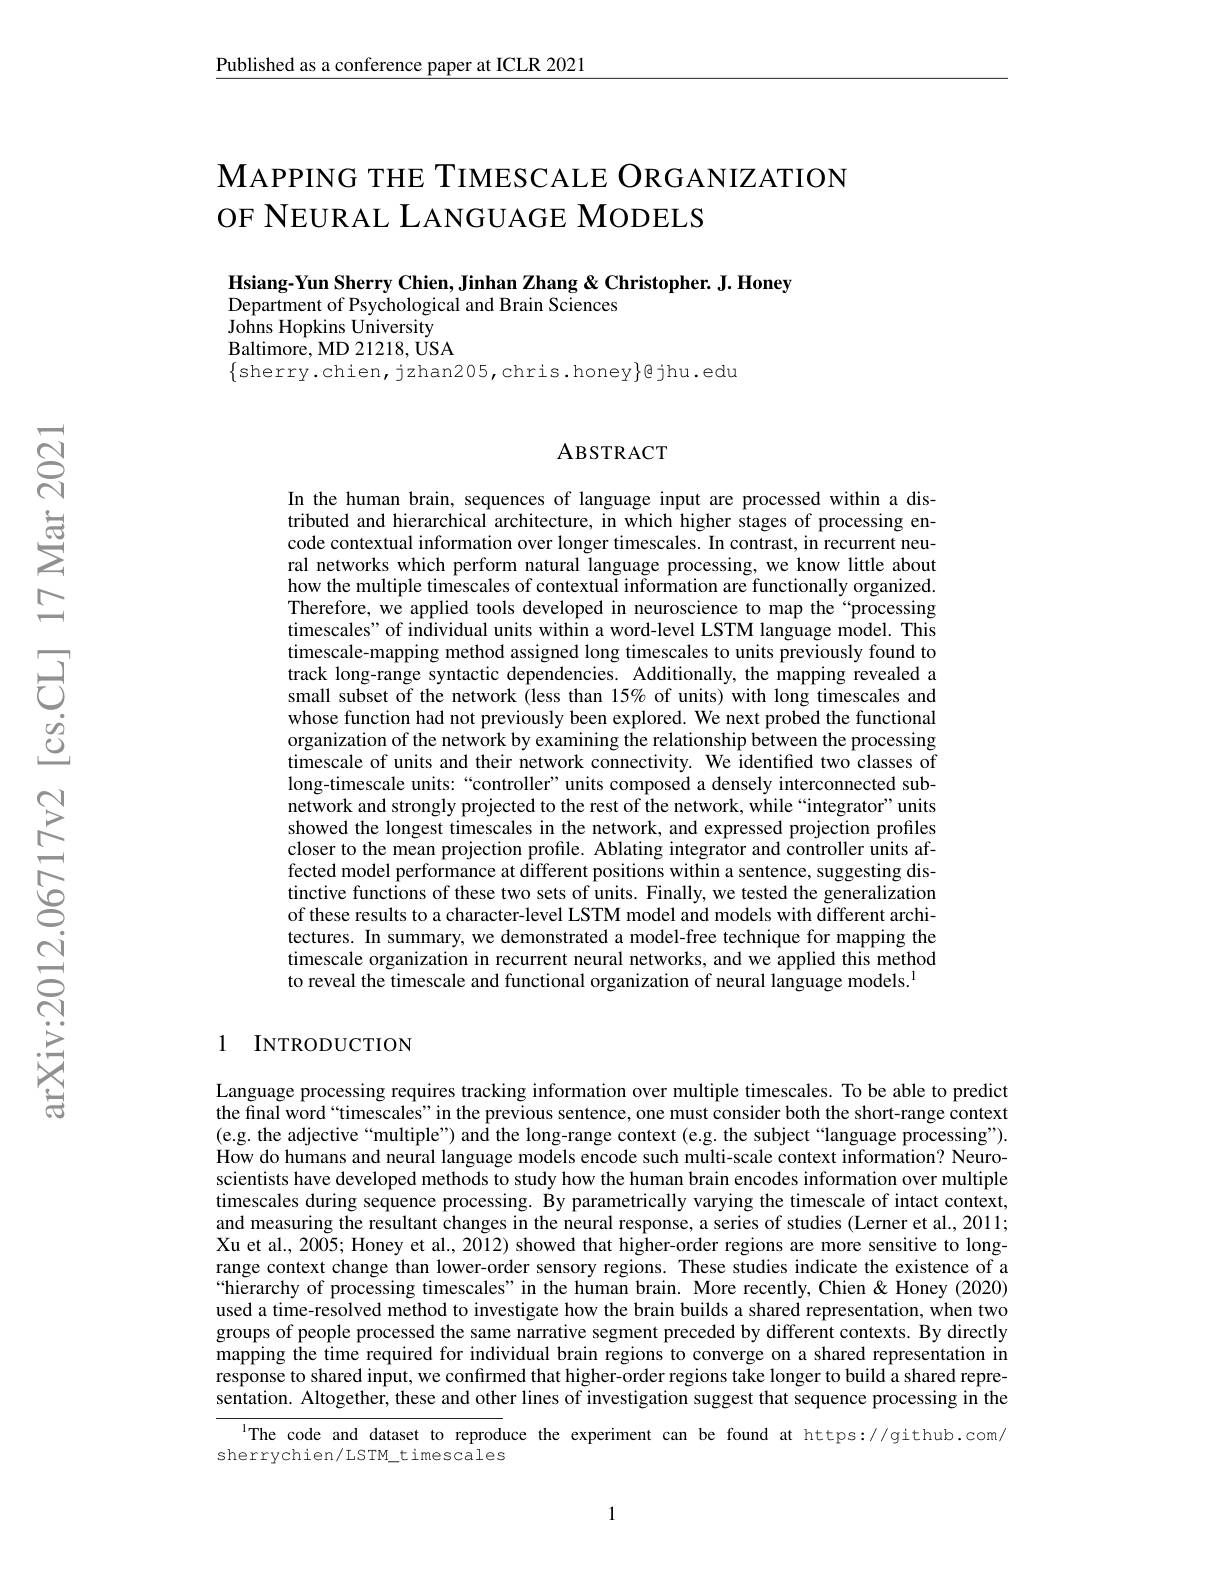
Published as a conference paper at ICLR 2021

## $\mathbf{M}$APPING THE TIMESCALE ORGANIZATION OF NEURAL LANGUAGE MODELS

Hsiang-Yun Sherry Chien, Jinhan Zhang & Christopher. J. Honey
Department of Psychological and Brain Sciences
$\hat{\text{Johns Hopkins University}}$ Baltimore, MD 21218, USA $\{$sherry.chien, jzhan205,chris.honey$\}$@jhu.edu

### ABSTRACT

In the human brain, sequences of language input are processed within a distributed and hierarchical architecture, in which higher stages of processing encode contextual information over longer timescales. In contrast, in recurrent neural networks which perform natural language processing, we know little about how the multiple timescales of contextual information are functionally organized. Therefore, we applied tools developed in neuroscience to map the“processing timescales" of individual units within a word-level LSTM language model. This timescale-mapping method assigned long timescales to units previously found to track long-range syntactic dependencies. Additionally, the mapping revealed a small subset of the network (less than 15% of units) with long timescales and whose function had not previously been explored. We next probed the functional organization of the network by examining the relationship between the processing timescale of units and their network connectivity. We identified two classes of long-timescale units:“controller”units composed a densely interconnected subnetwork and strongly projected to the rest of the network, while “integrator”units showed the longest timescales in the network, and expressed projection profiles closer to the mean projection profile. Ablating integrator and controller units affected model performance at different positions within a sentence, suggesting distinctive functions of these two sets of units. Finally, we tested the generalization of these results to a character-level LSTM model and models with different architectures. In summary, we demonstrated a model-free technique for mapping the timescale organization in recurrent neural networks, and we applied this method to reveal the timescale and functional organization of neural language models.$^{\mathrm{l}}$

### 1 INTRODUCTION

Language processing requires tracking information over multiple timescales. To be able to predict the final word “timescales” in the previous sentence, one must consider both the short-range context (e.g. the adjective“multiple”) and the long-range context (e.g. the subject“language processing"). How do humans and neural language models encode such multi-scale context information? Neuroscientists have developed methods to study how the human brain encodes information over multiple timescales during sequence processing. By parametrically varying the timescale of intact context, and measuring the resultant changes in the neural response, a series of studies (Lerner et al., 2011; Xu et al., 2005; Honey et al., 2012) showed that higher-order regions are more sensitive to longrange context change than lower-order sensory regions. These studies indicate the existence of a “hierarchy of processing timescales" in the human brain. More recently, Chien& Honey (2020) used a time-resolved method to investigate how the brain builds a shared representation, when two groups of people processed the same narrative segment preceded by different contexts. By directly mapping the time required for individual brain regions to converge on a shared representation in response to shared input, we confırmed that higher-order regions take longer to build a shared representation. Altogether, these and other lines of investigation suggest that sequence processing in the

lThe code and dataset to reproduce the experiment can be found at https://github.com/
sherrychien/LSTM_timescales

1